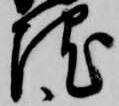
院